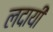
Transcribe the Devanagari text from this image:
लदायी